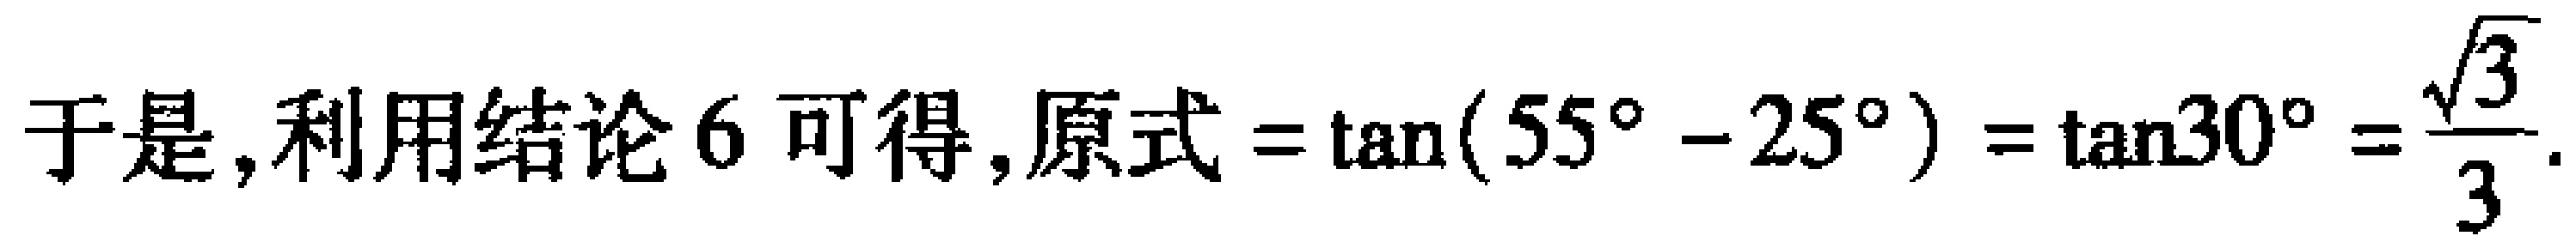
于是, 利用结论 6 可得, 原式$=\tan(55^{\circ}-25^{\circ})=\tan30^{\circ}=\frac{\sqrt{3}}{3}$.